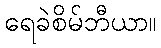
ရေခဲစိမ်ဘီယာ။